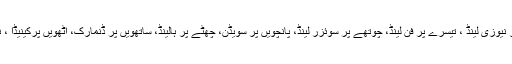
دوسرے نمبر پر نیوزی لینڈ ، تیسرے پر فن لینڈ، چوتھے پر سوئزر لینڈ، پانچویں پر سویڈن، چھٹے پر ہالینڈ، ساتھویں پر ڈنمارک، آٹھویں پرکینیڈا ، نویں پرآسٹریلیا ۔